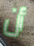
أن